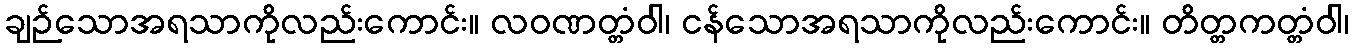
ချဉ်သောအရသာကိုလည်းကောင်း။ လဝဏတ္တံဝါ၊ ငန်သောအရသာကိုလည်းကောင်း။ တိတ္တကတ္တံဝါ၊